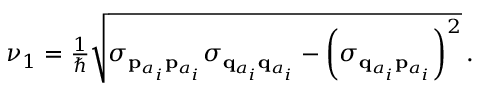
\begin{array} { r } { \nu _ { 1 } = \frac { 1 } { \hbar } \sqrt { \sigma _ { { \bf { p } } _ { a _ { i } } { \bf { p } } _ { a _ { i } } } \sigma _ { { \bf { q } } _ { a _ { i } } { \bf { q } } _ { a _ { i } } } - \left( \sigma _ { { \bf { q } } _ { a _ { i } } { \bf { p } } _ { a _ { i } } } \right) ^ { 2 } } \, . } \end{array}